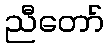
ညီတော်